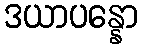
ဒယာပန္နော